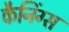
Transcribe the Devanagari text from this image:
कैनिंग्स